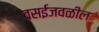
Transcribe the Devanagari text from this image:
वसईजवळील